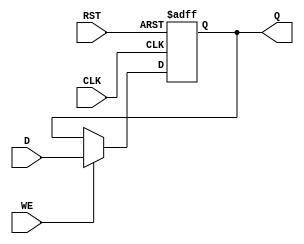
module StoreRegister (
    input wire D,        // Data Input
    input wire CLK,      // Clock
    input wire WE,       // Write Enable
    input wire RST,      // Reset
    output reg Q         // Stored Output
);

// Asynchronous Reset and synchronous storage
always @(posedge CLK or posedge RST) begin
    if (RST) begin
        Q <= 1'b0;       // Reset the stored value to 0
    end else if (WE) begin
        Q <= D;          // Capture the input data on the rising edge of the clock
    end
    // If WE is low, retain the previous value of Q
end

endmodule